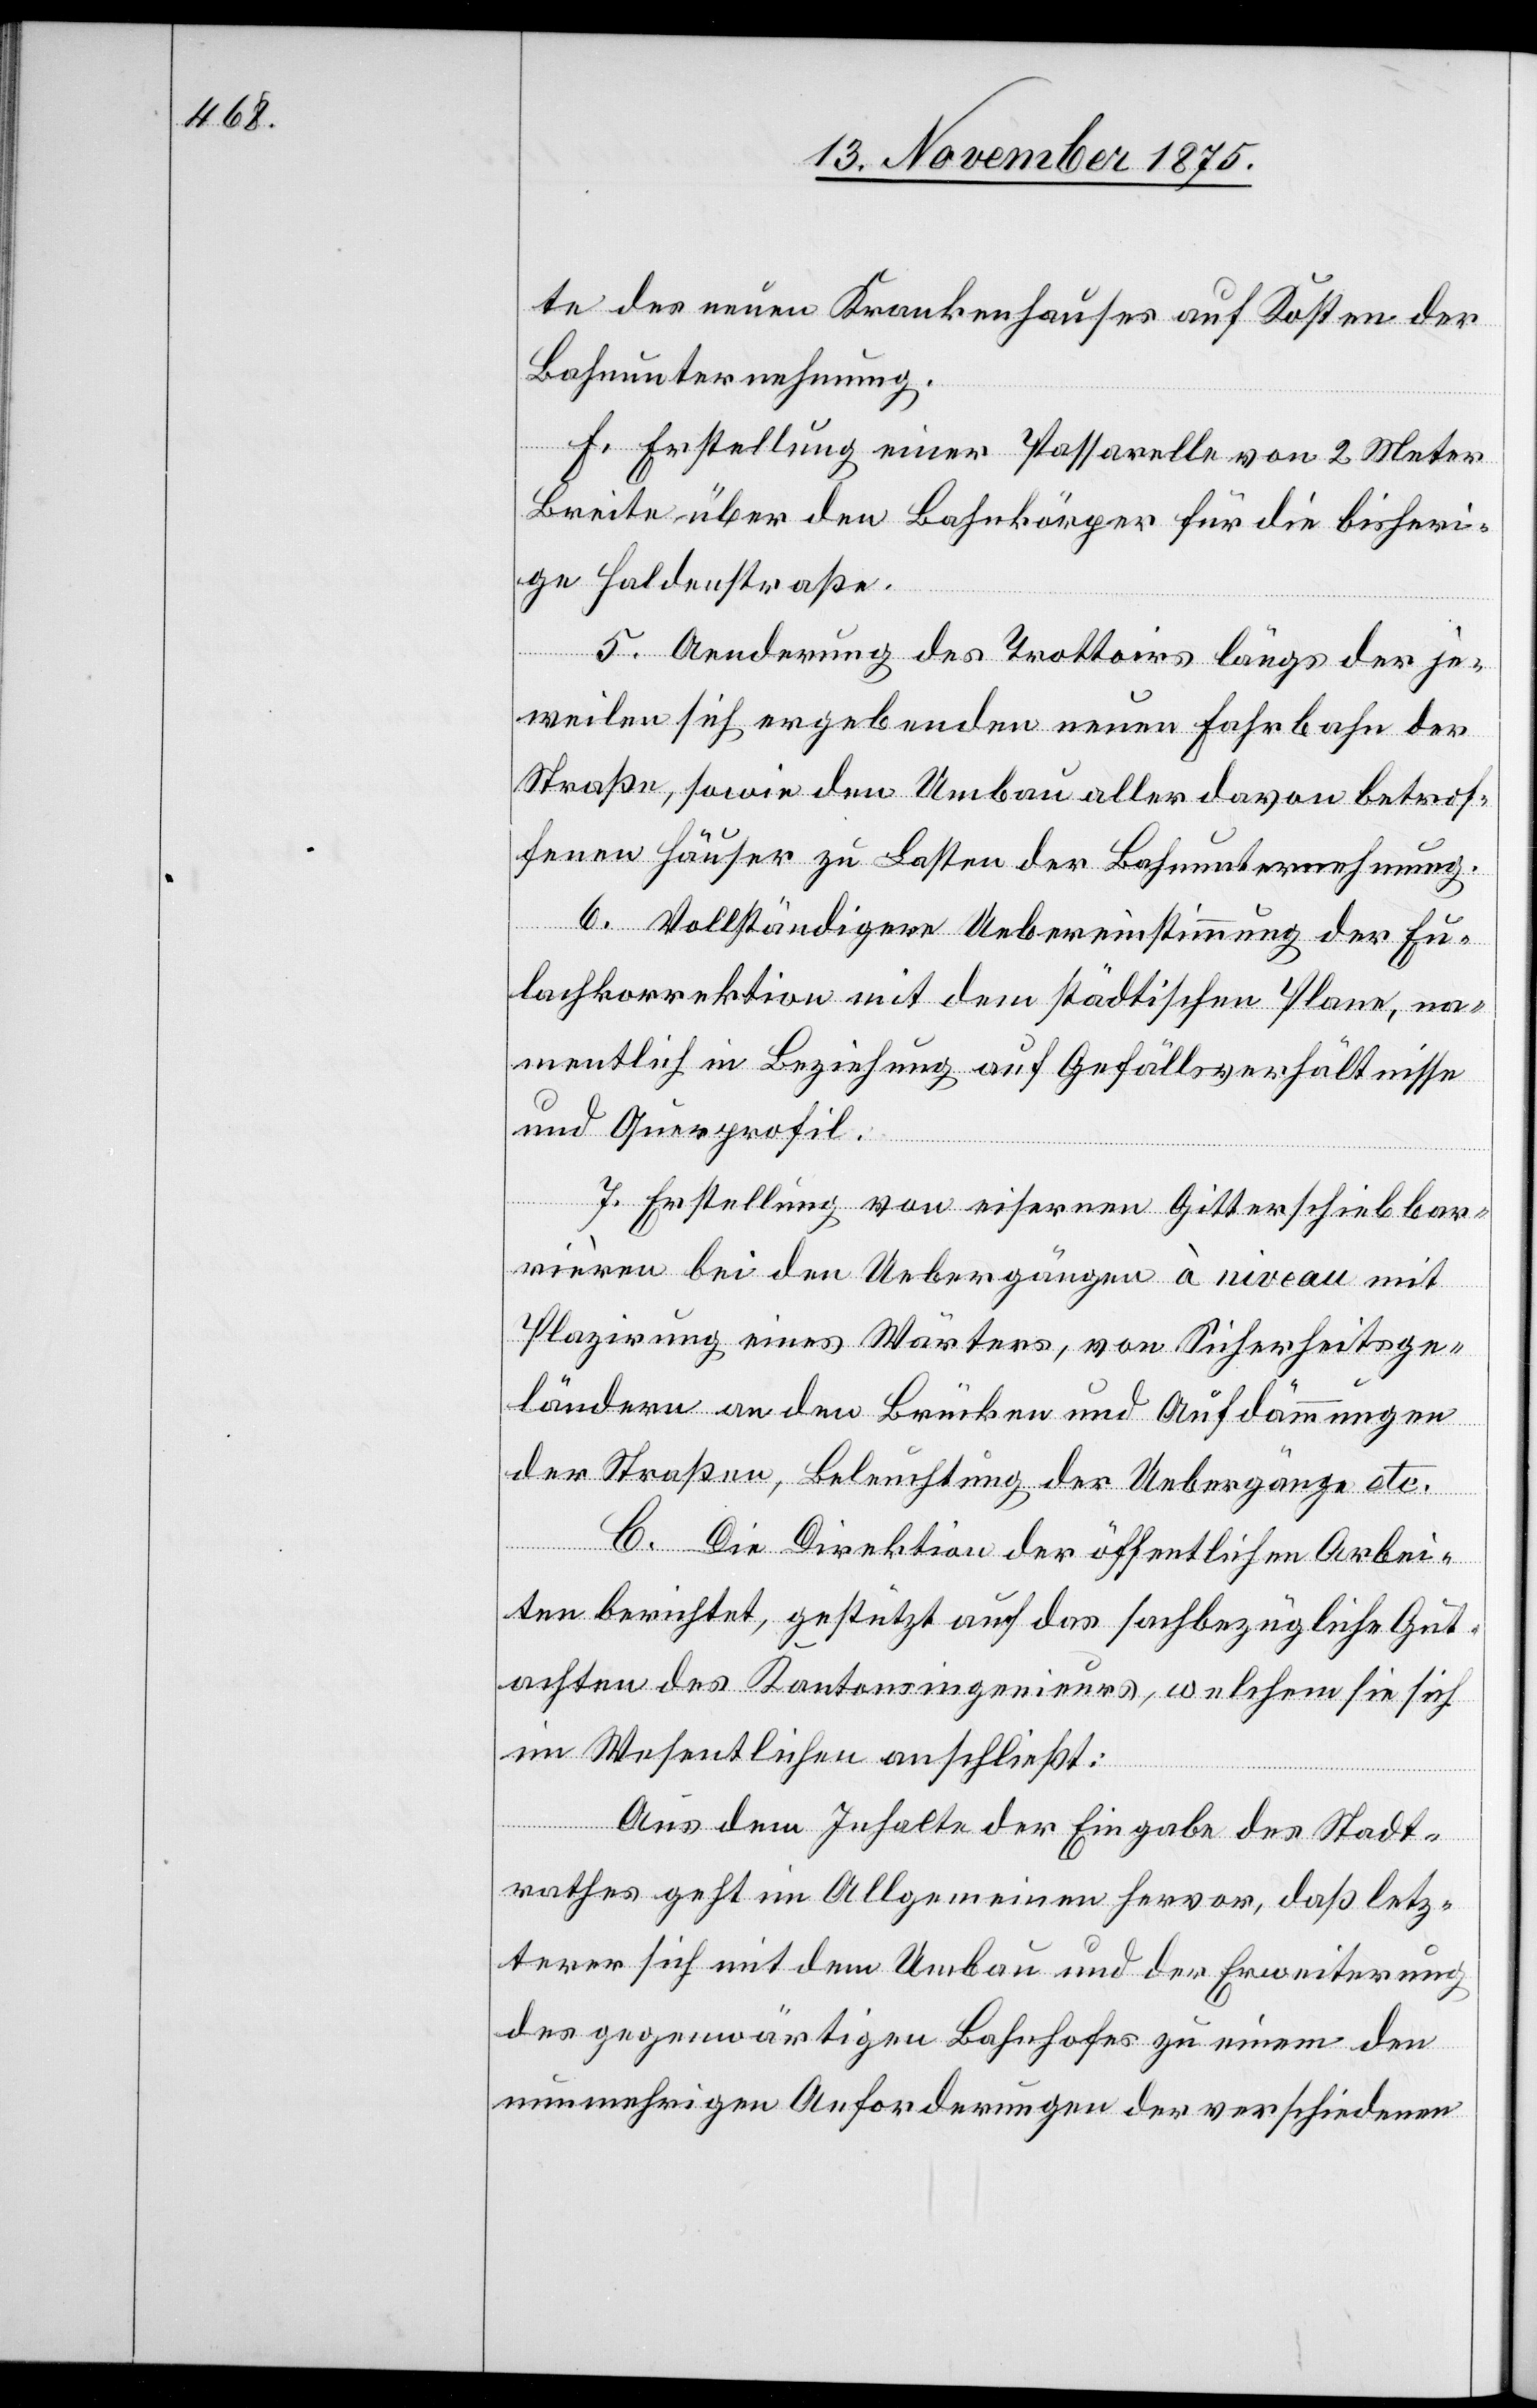
te des neuen Krankenhauses auf Kosten der
Bahnunternehmung.
f. Erstellung einer Passarelle von 2 Meter
Breite über den Bahnkörper für die bisheri¬
ge Haldenstraße.
5. Aenderung des Trottoirs längs der je¬
weilen sich ergebenden neuen Fahrbahn der
Straße, sowie den Umbau aller davon betrof¬
fenen Häuser zu Lasten der Bahnunternehmung.
6. Vollständigere Uebereinstimmung der Eu¬
lachkorrektion mit dem städtischen Plane, na¬
mentlich in Beziehung auf Gefällsverhältnisse
und Querprofil.
7. Erstellung von eisernen Gitterschiebbar¬
rièren bei den Uebergängen à niveau mit
Plazirung eines Wärters, von Sicherheitsge¬
ländern an den Brücken und Aufdämmungen
der Straßen, Beleuchtung der Uebergänge etc.
C. Die Direktion der öffentlichen Arbei¬
ten berichtet, gestützt auf das sachbezügliche Gut¬
achten des Kantonsingenieurs, welchem sie sich
im Wesentlichen anschließt:
Aus dem Inhalte der Eingabe des Stadt¬
rathes geht im Allgemeinen hervor, daß letz¬
terer sich mit dem Umbau und der Erweiterung
des gegenwärtigen Bahnhofes zu einem den
nunmehrigen Anforderungen der verschiedenen